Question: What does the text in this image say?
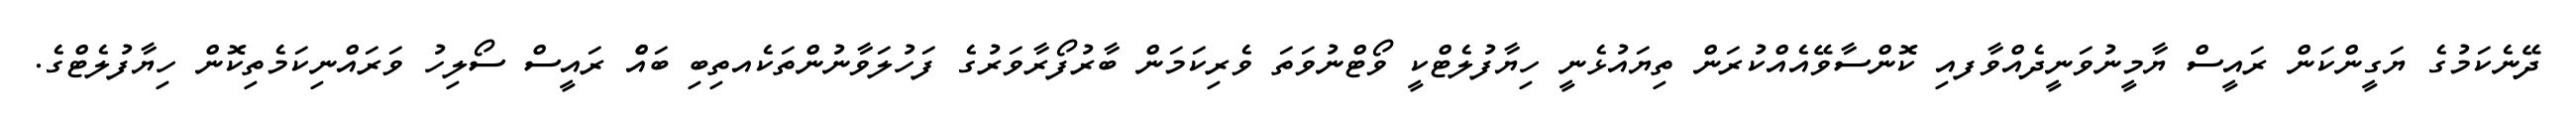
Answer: ދޭނެކަމުގެ ޔަގީންކަން ރައީސް ޔާމީނުވަނީދެއްވާފއި ކޮންސާވޭއެއްކުރަން ތިޔައުޅެނީ ހިޔާފުލެޓްކީ ވޯޓްނުވަތަ ވެރިކަމަން ބާރުފޯރާވަރުގެ ފަހުލަވާނުންތަކެއތިބި ބައެް ރައީސް ސޯލިހު ވަރައްނިކަމެތިކޮން ހިޔާފުލެޓްގެ.